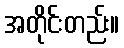
အတိုင်းတည်း။